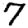
Digit: 7